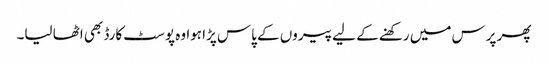
پھر پرس میں رکھنے کے لیے پیروں کے پاس پڑا ہوا وہ پوسٹ کارڈ بھی اٹھا لیا۔